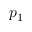
p _ { 1 }